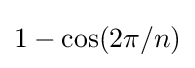
1-\cos(2\pi /n)